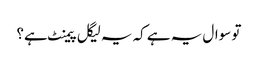
تو سوال یہ ہے کہ یہ لیگل پیمنٹ ہے؟